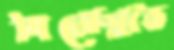
মিরোশ্লাভ